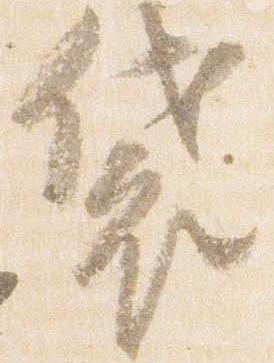
袋